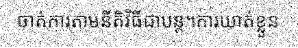
ចាត់ការតាមនីតិវិធីជាបន្ត។ការឃាត់ខ្លួន